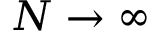
N \rightarrow { \infty }